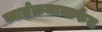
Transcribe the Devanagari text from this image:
कार्यक्रमामार्फत